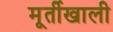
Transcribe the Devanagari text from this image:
मूर्तीखाली